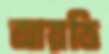
আয়ত্তি